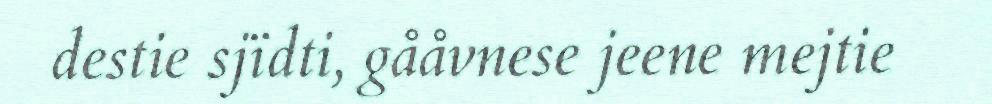
destie sjïdti, gååvnese jeene mejtie